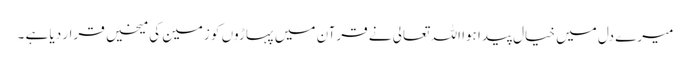
میرے دل میں خیال پیدا ہوا اللہ تعالی نے قرآن میں پہاڑوں کو زمین کی میخیں قرار دیا ہے ۔